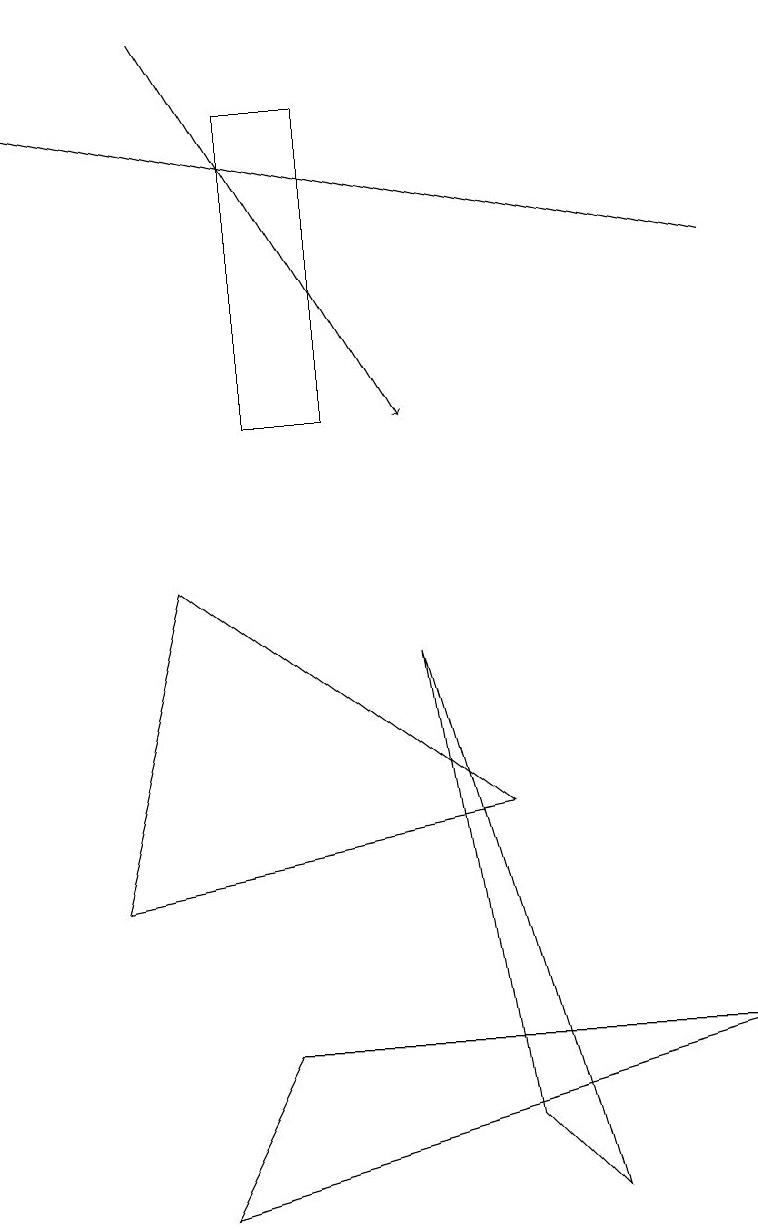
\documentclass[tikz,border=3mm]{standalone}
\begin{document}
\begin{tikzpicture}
\draw[->] (9,13) -- (0,15);
\draw (2,1) -- (9,3) -- (3,3) -- cycle;
\draw (1,5) -- (2,9) -- (6,6) -- cycle;
\draw (3,11) rectangle (4,15);
\draw (6,2) -- (5,8) -- (7,1) -- cycle;
\draw[->] (2,16) -- (5,11);
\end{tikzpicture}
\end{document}